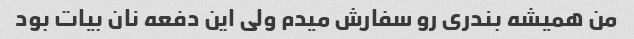
من همیشه بندری رو سفارش میدم ولی این دفعه نان بیات بود